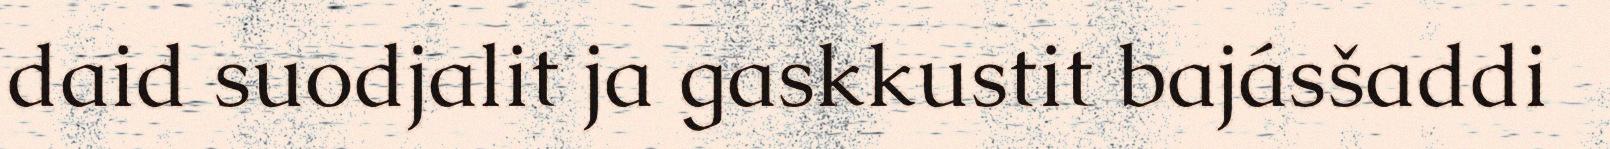
daid suodjalit ja gaskkustit bajásšaddi